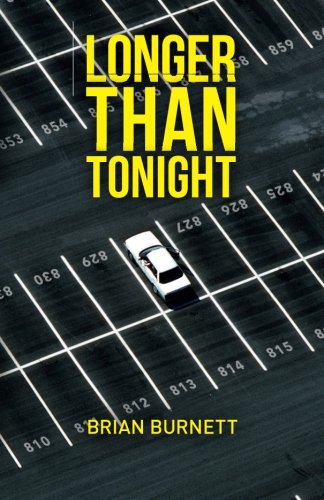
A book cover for Longer Than Tonight; Brian Burnett; Self-Help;